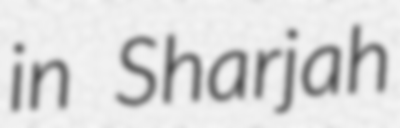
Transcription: in Sharjah